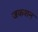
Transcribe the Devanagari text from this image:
जकशन